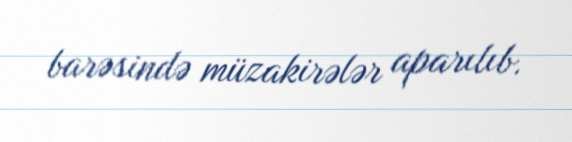
barəsində müzakirələr aparılıb.